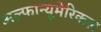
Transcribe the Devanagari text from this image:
अल्फान्यूमेरिकल